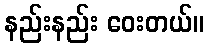
နည်းနည်း ဝေးတယ်။